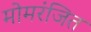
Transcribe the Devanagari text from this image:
मोमरंजित